Serum-therapy of plague in India - Number 20
Disease focus: Plague
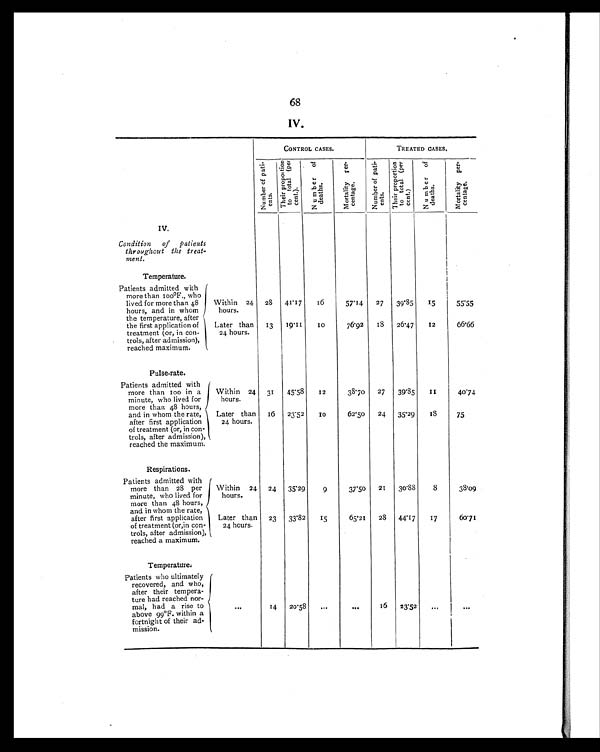
68
.
IV.
CONTROL CASES.
TREATED CASES.
N u m b e r o f p a t i e n t s .
T h e i r p r o p o r t i o n t o t o t a l ( p e r c e n t . )
N u m b e r o f d e a t h s .
M o r t a l i t y p e r c e n t a g e .
N u m b e r o f p a t i e n t s .
T h e i r p r o p o r t i o n t o t o t a l ( p e r c e n t . )
N u m b e r o f d e a t h s .
M o r t a l i t y p e r c e n t a g e .
I V .
Condition of patients
throughout the treat-
ment
Temperature.
Patients admitted with
more than 100°F., who
lived for more than 48
hours, and in whom
the temperature, after
the first application of
treatment (or, in con-
trols, after admission),
reached maximum.
Within 24
hours.
28
41.17
16
57.14
27
39.85
15
55.55
Later than
24 hours.
13
1 9 . 1 1
1 0
76.92
18
26.47
12
66.66
Pulse-rate.
Patients admitted with
more than 100 in a
minute, who lived for
more than 48 hours,
and in whom the rate,
after first application
of treatment (or, in con-
trols, after admission),
reached the maximum.
Within 24
hours.
31
45.58
12
38.70
27
39.85
1 1
40.74
Later than
24 hours.
16
23.52
10
62.50
24
35.29
1 8
75
Respirations.
Patients admitted with
more than 28 per
minute, who lived for
more than 48 hours,
and in whom the rate,
after first application
of treatment (or,in con-
trols, after admission),
reached a maximum.
Within 24
hours.
24
35.29
9
37.5o
21
30.88
8
38.09
Later than
24 hours.
23
33.82
1 5
65.21
28
44.17
17
60.71
Temperature.
Patients who ultimately
recovered, and who,
after their tempera-
ture had reached nor-
mal, had a rise t
above 99°F. within a
fortnight of their ad
-mission.
. . .
14
20.58
...
. . .
16
23.52
. . .
...